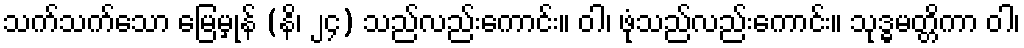
သက်သက်သော မြေမှုန် (နိ၊ ၂၄) သည်လည်းကောင်း။ ဝါ၊ ဖုံသည်လည်းကောင်း။ သုဒ္ဓမတ္တိကာ ဝါ၊